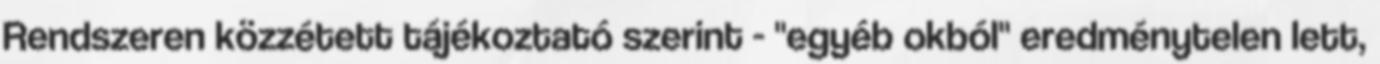
Rendszeren közzétett tájékoztató szerint - "egyéb okból" eredménytelen lett,